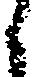
う